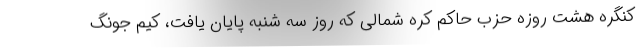
کنگره هشت روزه حزب حاکم کره شمالی که روز سه شنبه پایان یافت، کیم جونگ